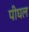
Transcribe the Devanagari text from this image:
पीघल